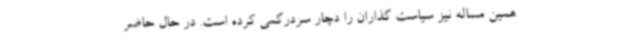
همین مساله نیز سیاست گذاران را دچار سردرگمی کرده است. در حال حاضر